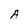
Character: A